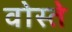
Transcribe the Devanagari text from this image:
वोस्ते